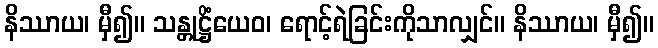
နိဿာယ၊ မှီ၍။ သန္တုဋ္ဌိံယေဝ၊ ရောင့်ရဲခြင်းကိုသာလျှင်။ နိဿာယ၊ မှီ၍။